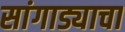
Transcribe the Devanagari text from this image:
सांगाड्याचा